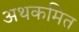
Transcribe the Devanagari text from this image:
अथकमित